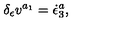
\delta _ { \epsilon } v ^ { a _ { 1 } } = \dot { \epsilon } _ { 3 } ^ { a } ,